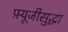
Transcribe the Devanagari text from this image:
फ़्यूजीसुद्धा